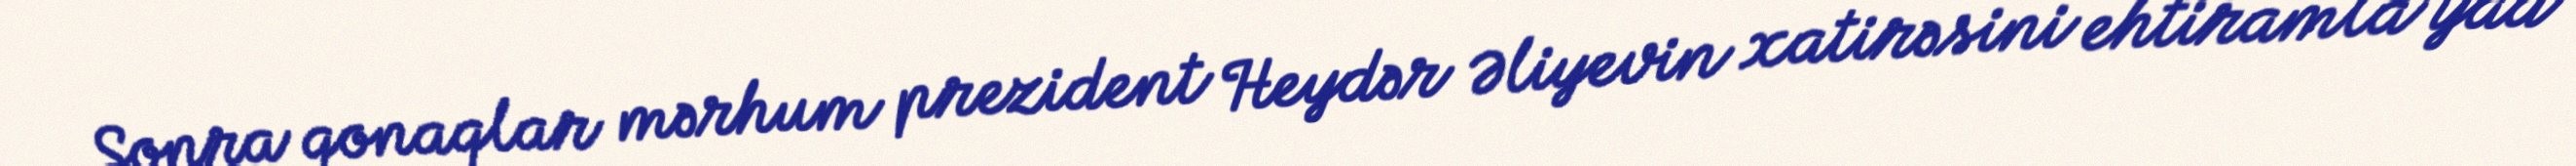
Sonra qonaqlar mərhum prezident Heydər Əliyevin xatirəsini ehtiramla yad